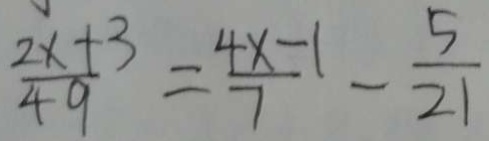
\frac { 2 x + 3 } { 4 9 } = \frac { 4 x - 1 } { 7 } - \frac { 5 } { 2 1 }